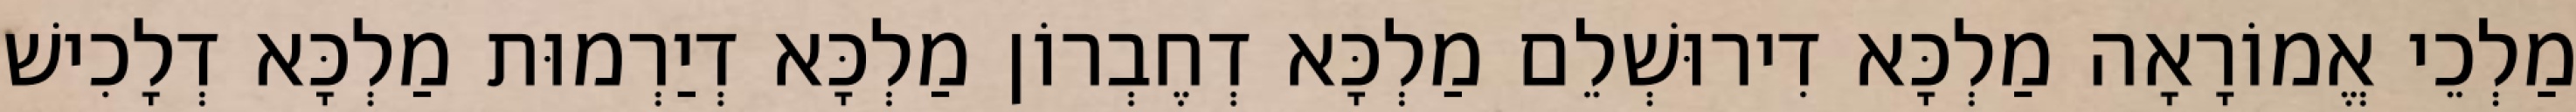
מַלְכֵי אֱמוֹרָאָה מַלְכָּא דִירוּשְׁלֵם מַלְכָּא דְחֶבְרוֹן מַלְכָּא דְיַרְמוּת מַלְכָּא דְלָכִישׁ